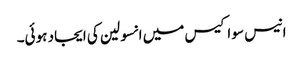
انیس سو اکیس میں انسولین کی ایجاد ہوئی۔